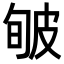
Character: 𤿟